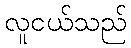
လူငယ်သည်